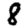
Digit: 8